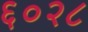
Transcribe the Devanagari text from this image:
६०२८